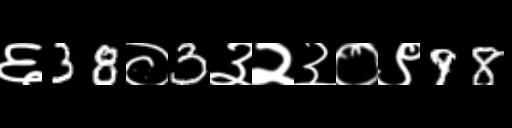
Text: ६38०3३२३०९98